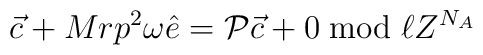
{\vec c} + Mrp^{2}\omega {\hat e} = {\cal P}{\vec c} + 0\bmod{\ell Z^{N_A}}